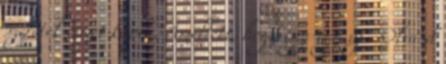
szeretek címet kapta. Amellett, hogy egy-egy új . Olvasd